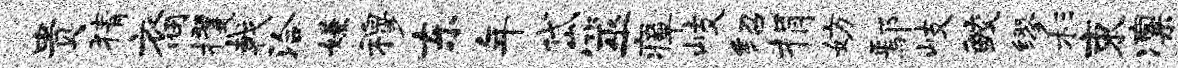
贵猜裔攫戟洽嫌穆东年岱筮瘴岐绍捐妨鄢岐鲛缪杉束凛